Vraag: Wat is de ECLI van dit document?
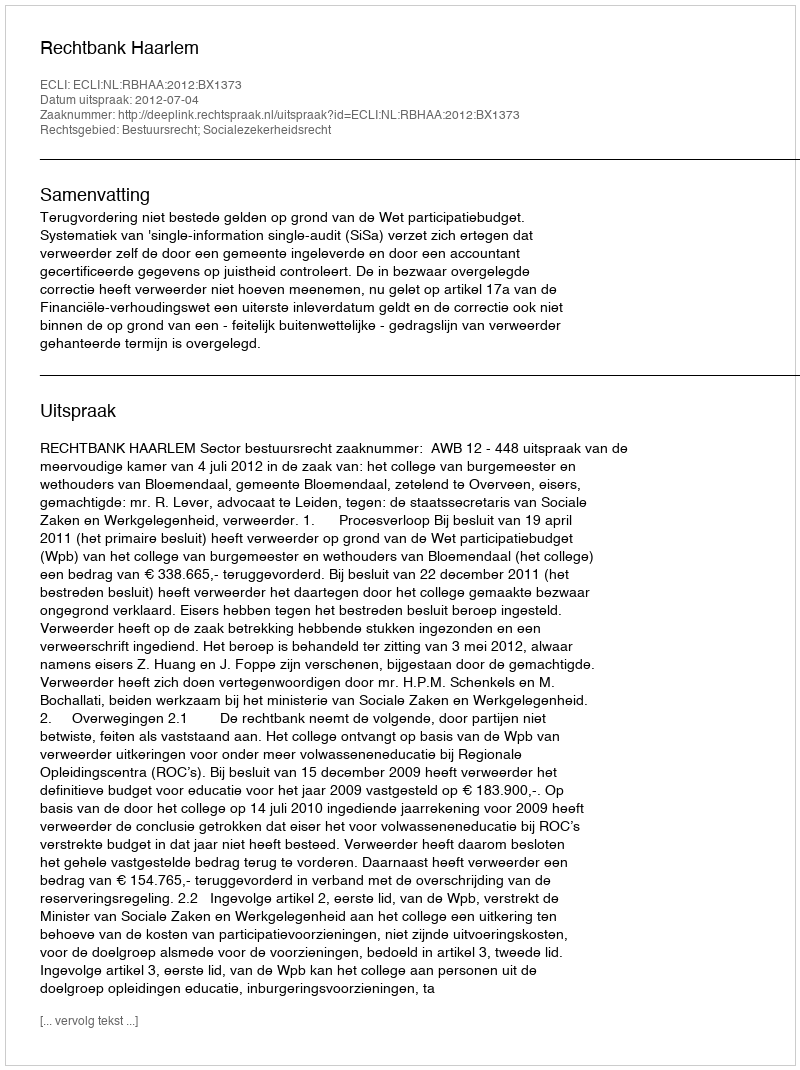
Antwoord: ECLI:NL:RBHAA:2012:BX1373